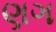
ણગ